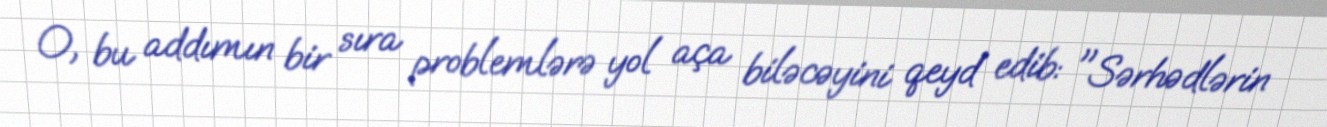
O, bu addımın bir sıra problemlərə yol aça biləcəyini qeyd edib: "Sərhədlərin